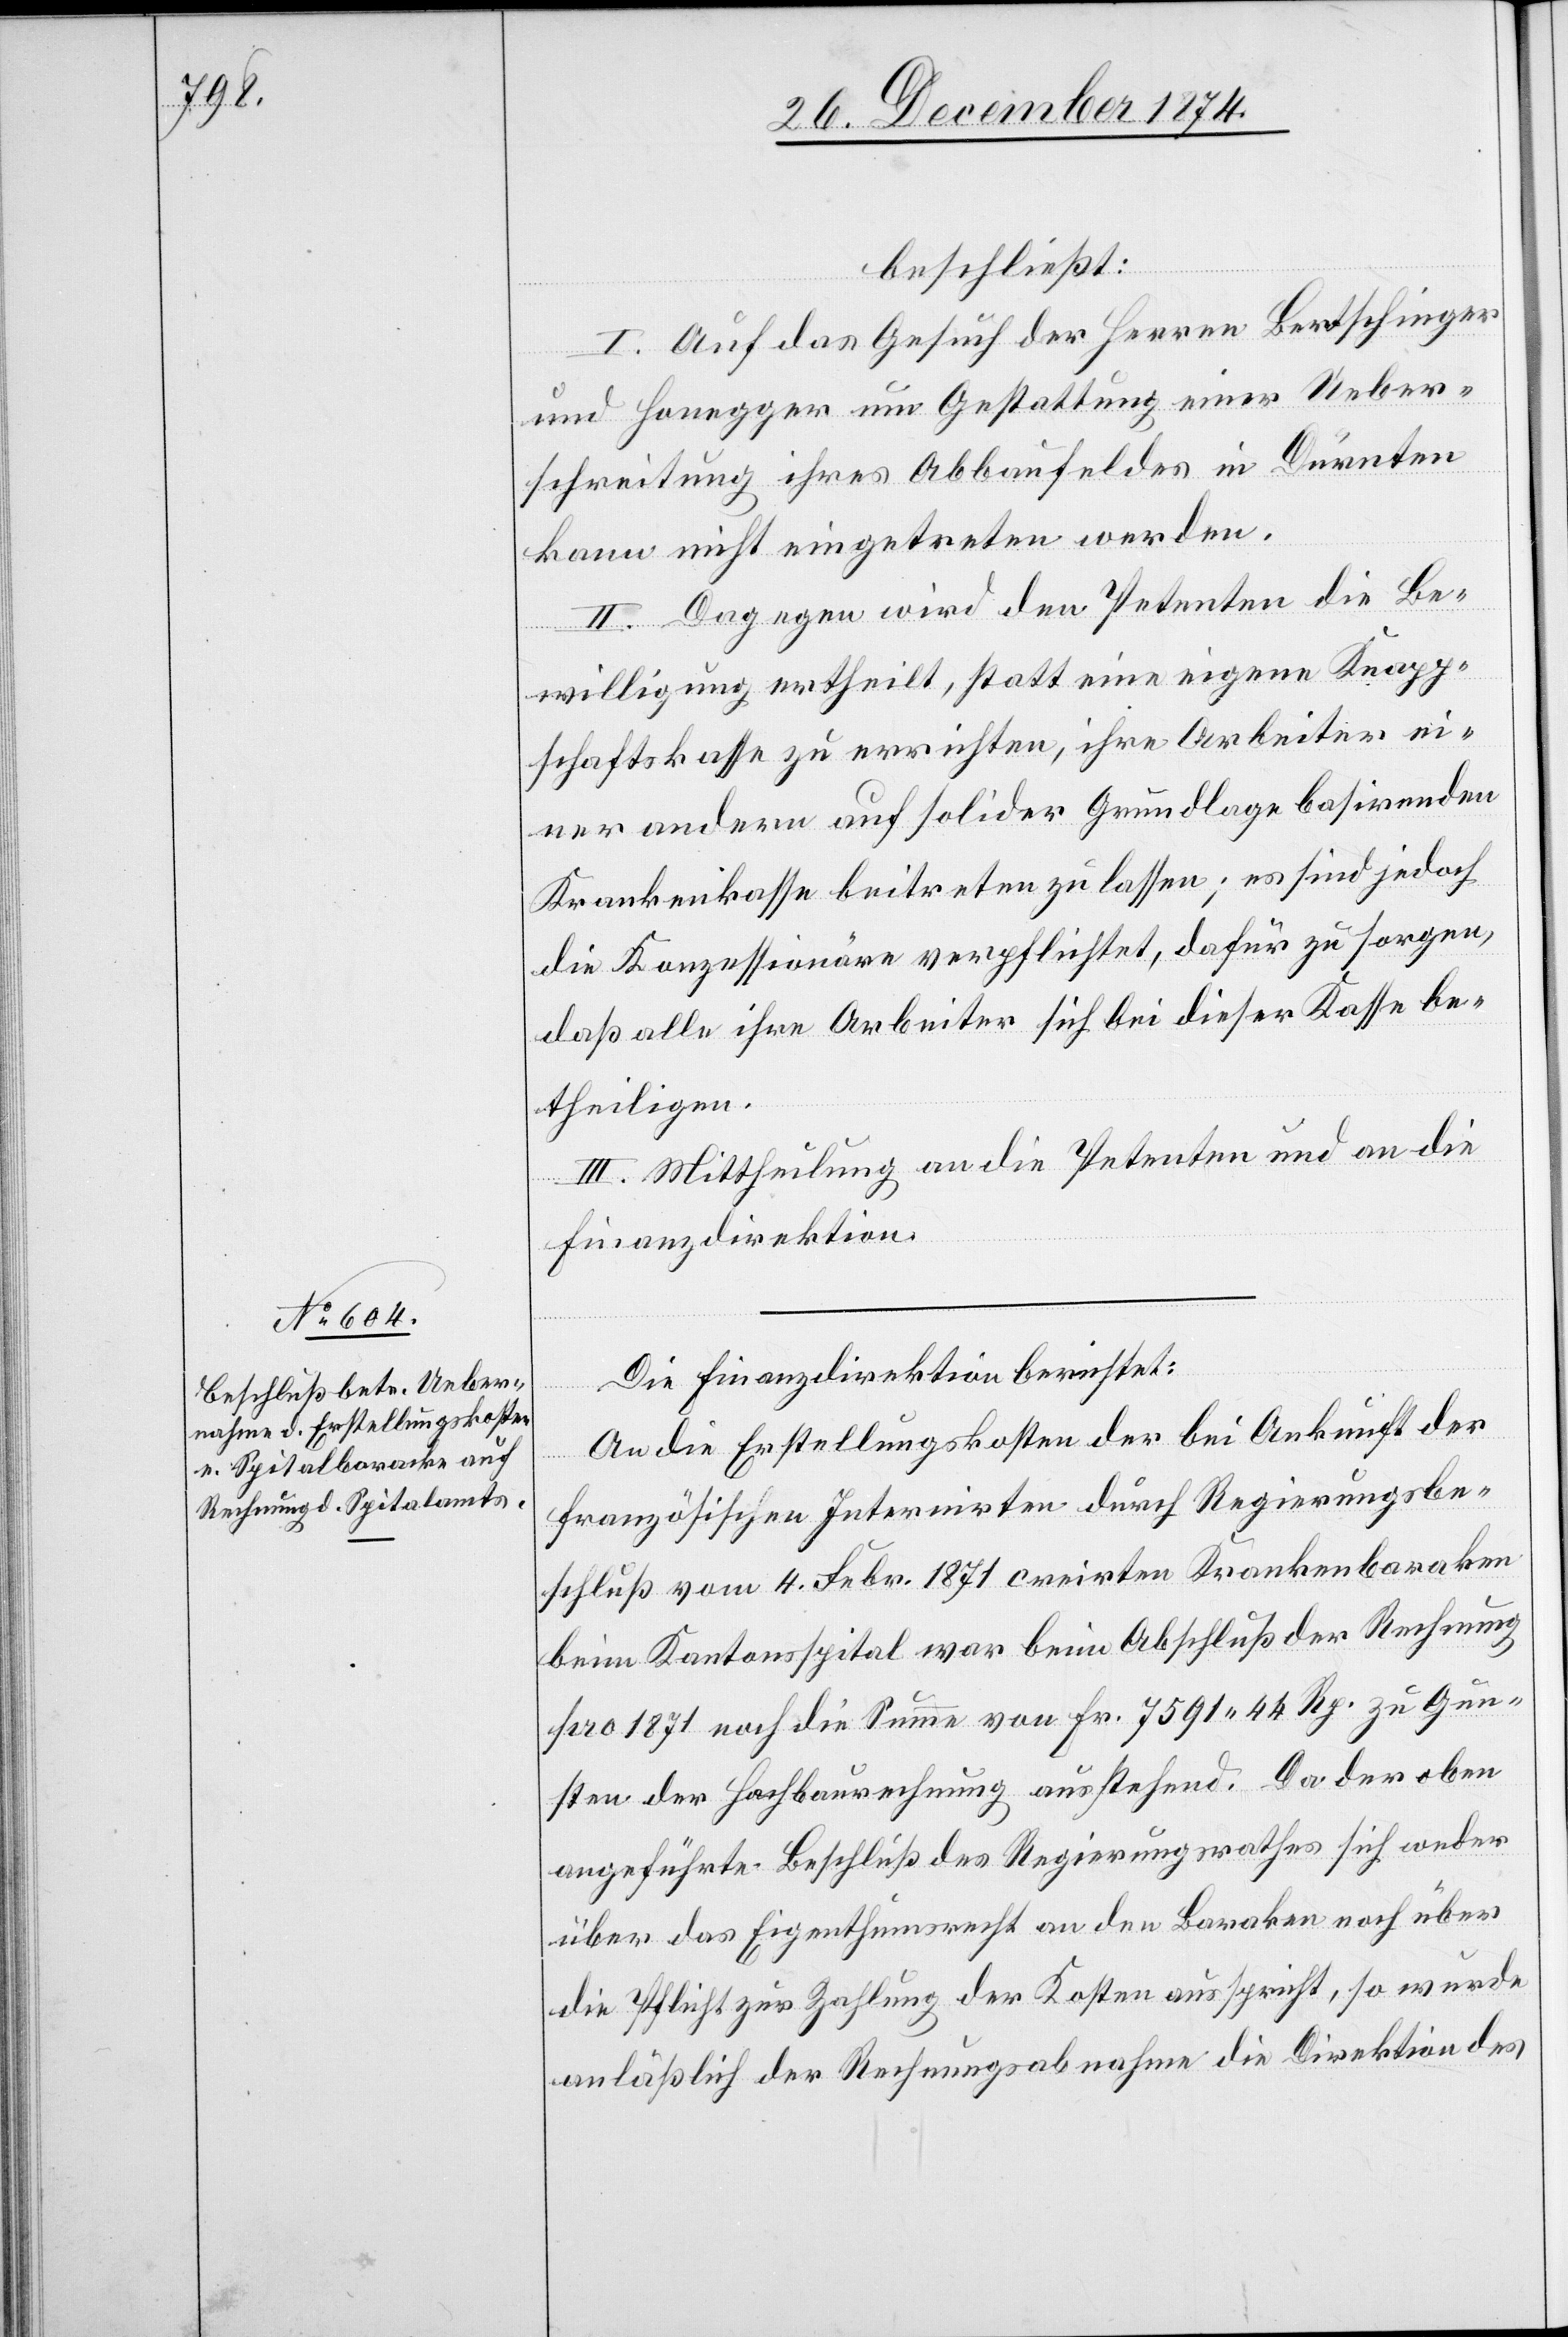
beschließt:
I. Auf das Gesuch der Herren Bertschinger
und Honegger um Gestattung einer Ueber¬
schreitung ihres Abbaufeldes in Dürnten
kann nicht eingetreten werden.
II. Dagegen wird den Petenten die Be¬
willigung ertheilt, statt eine eigene Knapp¬
schaftskasse zu errichten, ihre Arbeiter ei¬
ner andern auf solider Grundlage basirenden
Krankenkasse beitreten zu lassen; es sind jedoch
die Konzessionäre verpflichtet, dafür zu sorgen,
daß alle ihre Arbeiter sich bei dieser Kasse be¬
theiligen.
III. Mittheilung an die Petenten und an die
Finanzdirektion.
Die Finanzdirektion berichtet:
An die Erstellungskosten der bei Ankunft der
französischen Internirten durch Regierungsbe¬
schluß vom 4. Febr. 1871 creirten Krankenbaraken
beim Kantonsspital war beim Abschluß der Rechnung
pro 1871 noch die Summe von Fr. 7591. 44 Rp. zu Gun¬
sten der Hochbaurechnung ausstehend. Da der oben
angeführte Beschluß des Regierungsrathes sich weder
über das Eigenthumsrecht an den Baraken noch über
die Pflicht zur Zahlung der Kosten ausspricht, so wurde
anläßlich der Rechnungsabnahme die Direktion des